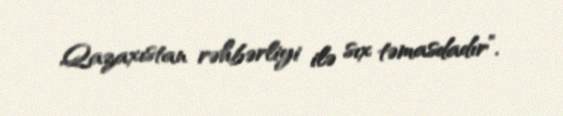
Qazaxıstan rəhbərliyi ilə sıx təmasdadır”.